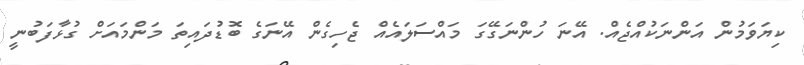
ކިޔަވަމުން އަންނަކުއްޖެއް. އޭނަ ހުންނަގޭގަ މައްސަލައެއް ޖެހިގެން އޭނަގެ ބޮޑުދައިތަ މަންމައަށް ގުޅާފަބުނީ